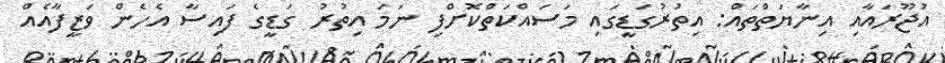
އުޖޫރައާއި އިނާޔަތްތައް: އިތުރުގަޑީގައި މަސައްކަތްކޮށްފި ނަމަ އިތުރު ގަޑީގެ ފައިސާ އެހެން ވަޒީފާއެއް